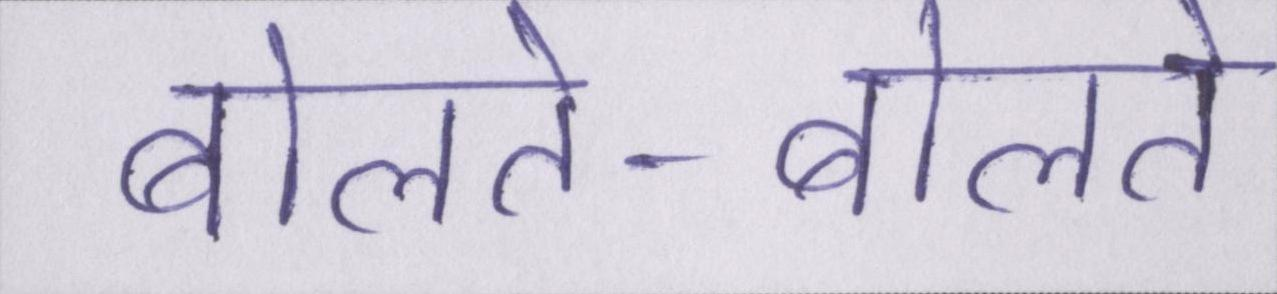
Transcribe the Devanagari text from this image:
बोलते-बोलते